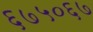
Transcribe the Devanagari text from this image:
६७५०६७